Report on vaccination in Madras 1877-1894 - 1877-1894
Year: 1877
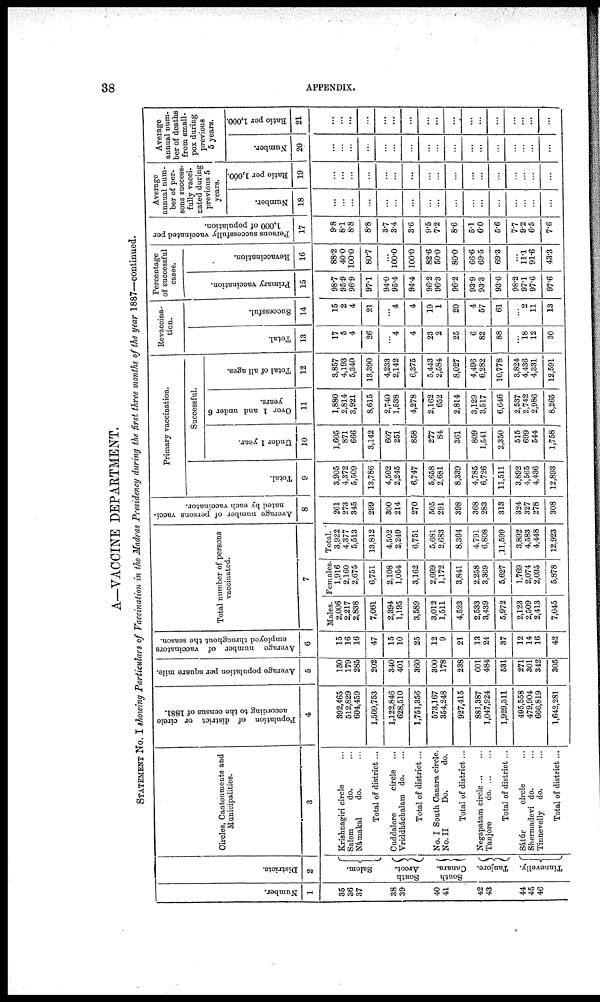
38
APPENDIX.
A—VACCINE DEPARTMENT.
STATEMENT No. I showing Particulars of Vaccination in the Madras Presidency during the first three months of the year 1887—continued.
Number.
1
35
36
37
38
39
40
41
42
43
44
45
46
Districts.
2
Salem.
South
Arcot.
South
Canara.
Tanjore.
Tinnevelly.
Circles, Cantonments and
Municipalities.
3
Krishnagiri circle ...
Salem
do. ...
Námakal
do. ...
Total of district ...
Cuddalore
circle ...
Vriddháchalam do. ...
Total of district ...
No. I South Canara circle.
No. II
Do.
do.
Total of district ...
Negapatam circle ... ...
Tanjore
d
o
. ... ...
Total of district ...
Sátúr
circle ...
Shermadevi do. ...
Tinnevelly do. ...
Total of district ...
Population of district or circle
according to the census of 1881.
4
392,465
512,829
604,459
1,509,753
1,122,846
628,510
1,751,356
573,167
354,248
927,415
881,387
1,047,924
1,929,311
495,558
479,904
666,819
1,642,281
Average population per square mile.
5
150
179
285
202
340
401
360
300
178
288
601
484
531
271
301
342
305
Average number of vaccinators
employed throughout the season.
6
15
16
16
47
15
10
25
12
9
21
13
24
37
12
14
16
42
Total number of persons
vaccinated.
7
Males.
2,006
2,217
2,838
7,061
2,394
1,195
3,589
3,012
1,511
4,523
2,533
3,439
5,972
2,123
2,509
2,413
7,045
Females.
1,916
2,160
2,675
6,751
2,108
1,054
3,162
2,669
1,172
3,841
2,258
3,369
5,627
1,769
2,074
2,035
5,878
Total.
3,922
4,377
5,513
13,812
4,502
2,249
6,751
5,681
2,683
8,364
4,791
6,808
11,599
3,892
4,583
4,448
12,923
Average number of persons vacci-
nated by each vaccinator.
8
261
273
345
299
300
214
270
505
291
398
368
283
313
324
327
278
308
Primary vaccination.
Total.
9
3,905
4,372
5,509
13,786
4,502
2,245
6,747
5,658
2,681
8,339
4,785
6,726
11,511
3,892
4,565
4,436
12,893
Successful.
Under 1 year.
10
1,605
871
666
3,142
607
251
858
277
84
361
809
1,541
2,350
515
699
544
1,758
Over 1 and under 6
years.
11
1,880
2,814
3,921
8,615
2,740
1,538
4,278
2,162
652
2,814
3,129
3,517
6,646
2,537
2,742
2,986
8,265
Total of all ages.
12
3,857
4,193
5,340
13,890
4,233
2,142
6,375
5,443
2,584
8,027
4,496
6,282
10,778
3,824
4,436
4,331
12,591
Revaccina-
tion.
Total.
13
17
5
4
26
...
4
4
23
2
25
6
82
88
...
18
12
30
Successful.
14
15
2
4
21
...
4
4
19
1
20
4
57
61
...
2
11
18
Percentage
of successful
cases.
Primary vaccination.
15
98.7
95.9
96.9
97.1
94.0
95.4
94.4
96.2
96.3
96.2
93.9
93.3
93.6
98.2
97.1
97.6
97.6
Revaccination.
16
88.2
40.0
100.0
80.7
...
100.0
100.0
82.6
50.0
80.0
66.6
69.5
69.3
...
11.1
91.6
43.3
Persons successfully vaccinated per
1,000 of population.
17
9.8
8.1
8.8
8.8
3.7
3.4
3.6
9.5
7.2
8.6
5.1
6.0
5.6
7.7
9.2
6.5
7.6
Average
annual num-
ber of per-
sons success-
fully vacci-
nated during
previous 5
years.
Number.
18
...
...
...
...
...
...
...
...
...
...
...
...
...
...
...
...
...
Ratio per 1,000.
19
...
...
...
...
...
...
...
...
...
...
...
...
...
...
...
...
...
Average
annual num-
ber of deaths
from small-
pox during
previous
5 years.
Number.
20
...
...
...
...
...
...
...
...
...
...
...
...
...
...
...
...
...
Ratio per 1,000.
21
...
...
...
...
...
...
...
...
...
...
...
...
...
...
...
...
...